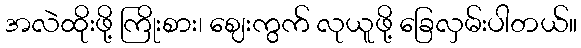
အလဲထိုးဖို့ ကြိုးစား၊ ဈေးကွက် လုယူဖို့ ခြေလှမ်းပါတယ်။